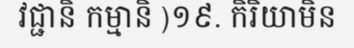
វជ្ជានិ កម្មានិ )១៩. កិរិយាមិន